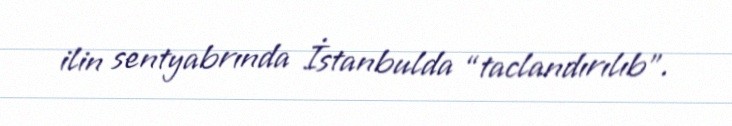
ilin sentyabrında İstanbulda “taclandırılıb”.